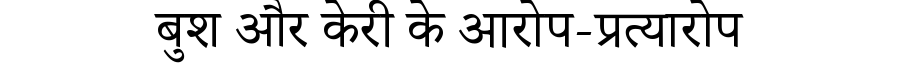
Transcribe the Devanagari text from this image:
बुश और केरी के आरोप-प्रत्यारोप